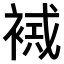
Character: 𧛠